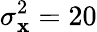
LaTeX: \sigma_{\mathbf{x}}^{2}=20